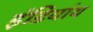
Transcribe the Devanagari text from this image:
इंडियांय